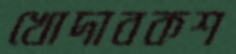
খোদাবকশ